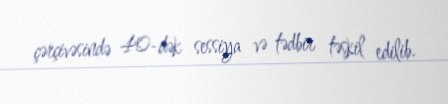
çərçivəsində 40-dək sessiya və tədbir təşkil edilib.